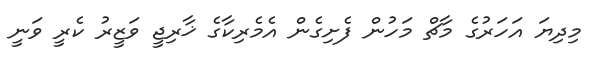
މިދިޔަ އަހަރުގެ މާޗް މަހުން ފެށިގެން އެމެރިކާގެ ޚާރިޖީ ވަޒީރު ކެރީ ވަނީ